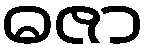
ဓဇာ